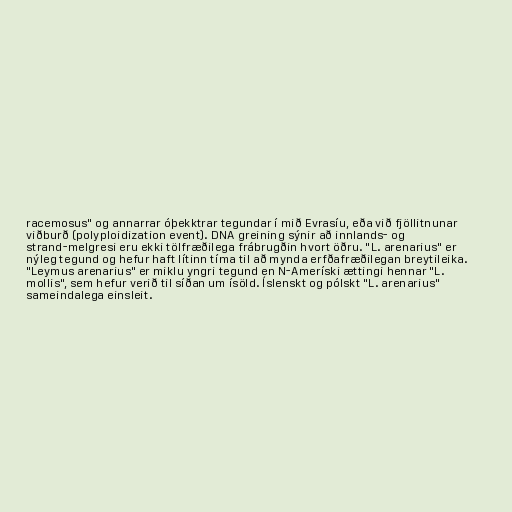
racemosus" og annarrar óþekktrar tegundar í mið Evrasíu, eða við fjöllitnunar
viðburð (polyploidization event). DNA greining sýnir að innlands- og
strand-melgresi eru ekki tölfræðilega frábrugðin hvort öðru. "L. arenarius" er
nýleg tegund og hefur haft lítinn tíma til að mynda erfðafræðilegan breytileika.
"Leymus arenarius" er miklu yngri tegund en N-Ameríski ættingi hennar "L.
mollis", sem hefur verið til síðan um ísöld. Íslenskt og pólskt "L. arenarius"
sameindalega einsleit.